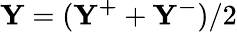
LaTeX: \mathbf{Y}=(\mathbf{Y^{+}}+\mathbf{Y^{-}})/2